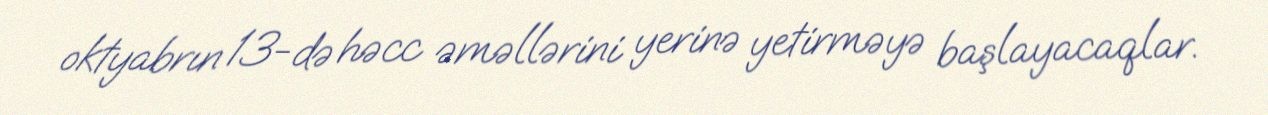
oktyabrın 13-də həcc əməllərini yerinə yetirməyə başlayacaqlar.